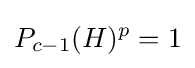
P_{c-1}(H)^{p}=1